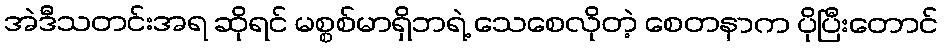
အဲဒီသတင်းအရ ဆိုရင် မစ္စစ်မာရှိဘရဲ့ သေစေလိုတဲ့ စေတနာက ပိုပြီးတောင်